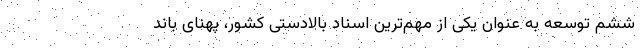
ششم توسعه به عنوان یکی از مهم‌ترین اسناد بالادستی کشور، پهنای باند